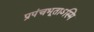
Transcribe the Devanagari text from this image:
प्रपंचभूताऽस्मि